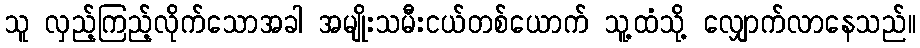
သူ လှည့်ကြည့်လိုက်သောအခါ အမျိုးသမီးငယ်တစ်ယောက် သူ့ထံသို့ လျှောက်လာနေသည်။